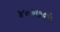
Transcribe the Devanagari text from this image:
४०३७०५